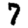
Digit: 7